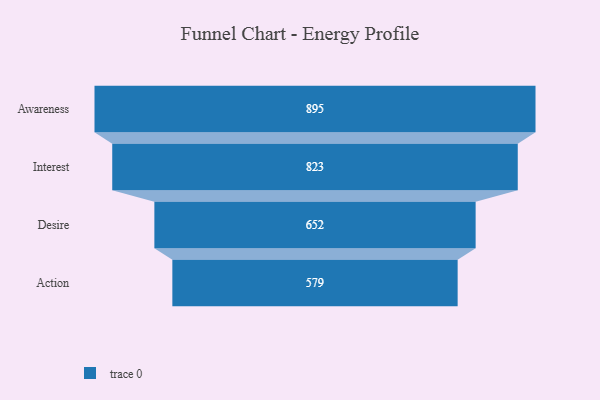
{"axis": {"x": "Stage", "y": "Value"}, "legend": [""], "data": [{"x": "Awareness", "y": 895.0, "type": ""}, {"x": "Interest", "y": 823.0, "type": ""}, {"x": "Desire", "y": 652.0, "type": ""}, {"x": "Action", "y": 579.0, "type": ""}]}